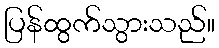
ပြန်ထွက်သွားသည်။